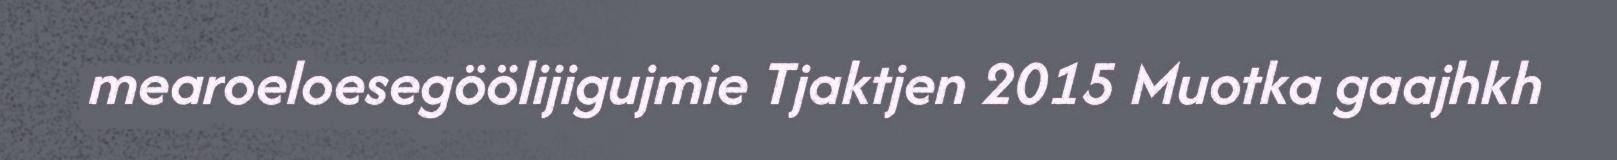
mearoeloesegöölijigujmie Tjaktjen 2015 Muotka gaajhkh